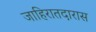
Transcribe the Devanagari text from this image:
जाहिरातदारास